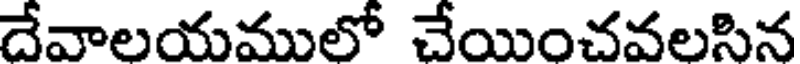
దేవాలయములో చేయించవలసిన